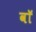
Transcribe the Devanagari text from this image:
वाॅ